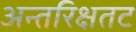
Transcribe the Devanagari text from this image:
अन्तरिक्षतट